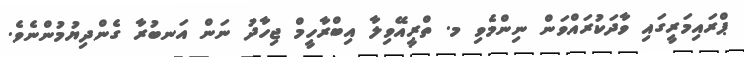
ޕްރައިމަރީގައި ވާދަކުރައްވަން ނިންމެވި މ. ތްރީއޭވިލާ އިބްރާހީމް ޖިހާދު ނަން އަނބުރާ ގެންދިޔުމުންނެވެ.